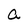
Character: a